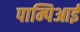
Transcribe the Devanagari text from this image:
पाम्पिआई